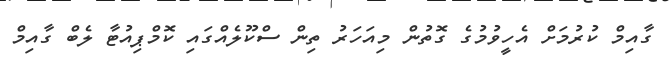
ގާއިމް ކުރުމަށް އެހީވުމުގެ ގޮތުން މިއަހަރު ތިން ސްކޫލެއްގައި ކޮމްޕިއުޓާ ލެބް ގާއިމް